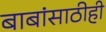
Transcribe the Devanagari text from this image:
बाबांसाठीही